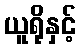
ယူရိုနှင့်